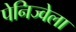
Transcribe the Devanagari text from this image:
पेनिज्वेला